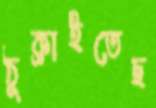
ঠুক্‌রাইতেছ